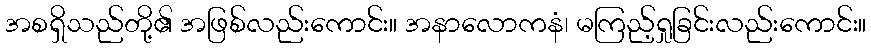
အစရှိသည်တို့၏ အဖြစ်လည်းကောင်း။ အနာလောကနံ၊ မကြည့်ရှုခြင်းလည်းကောင်း။